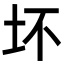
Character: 坏